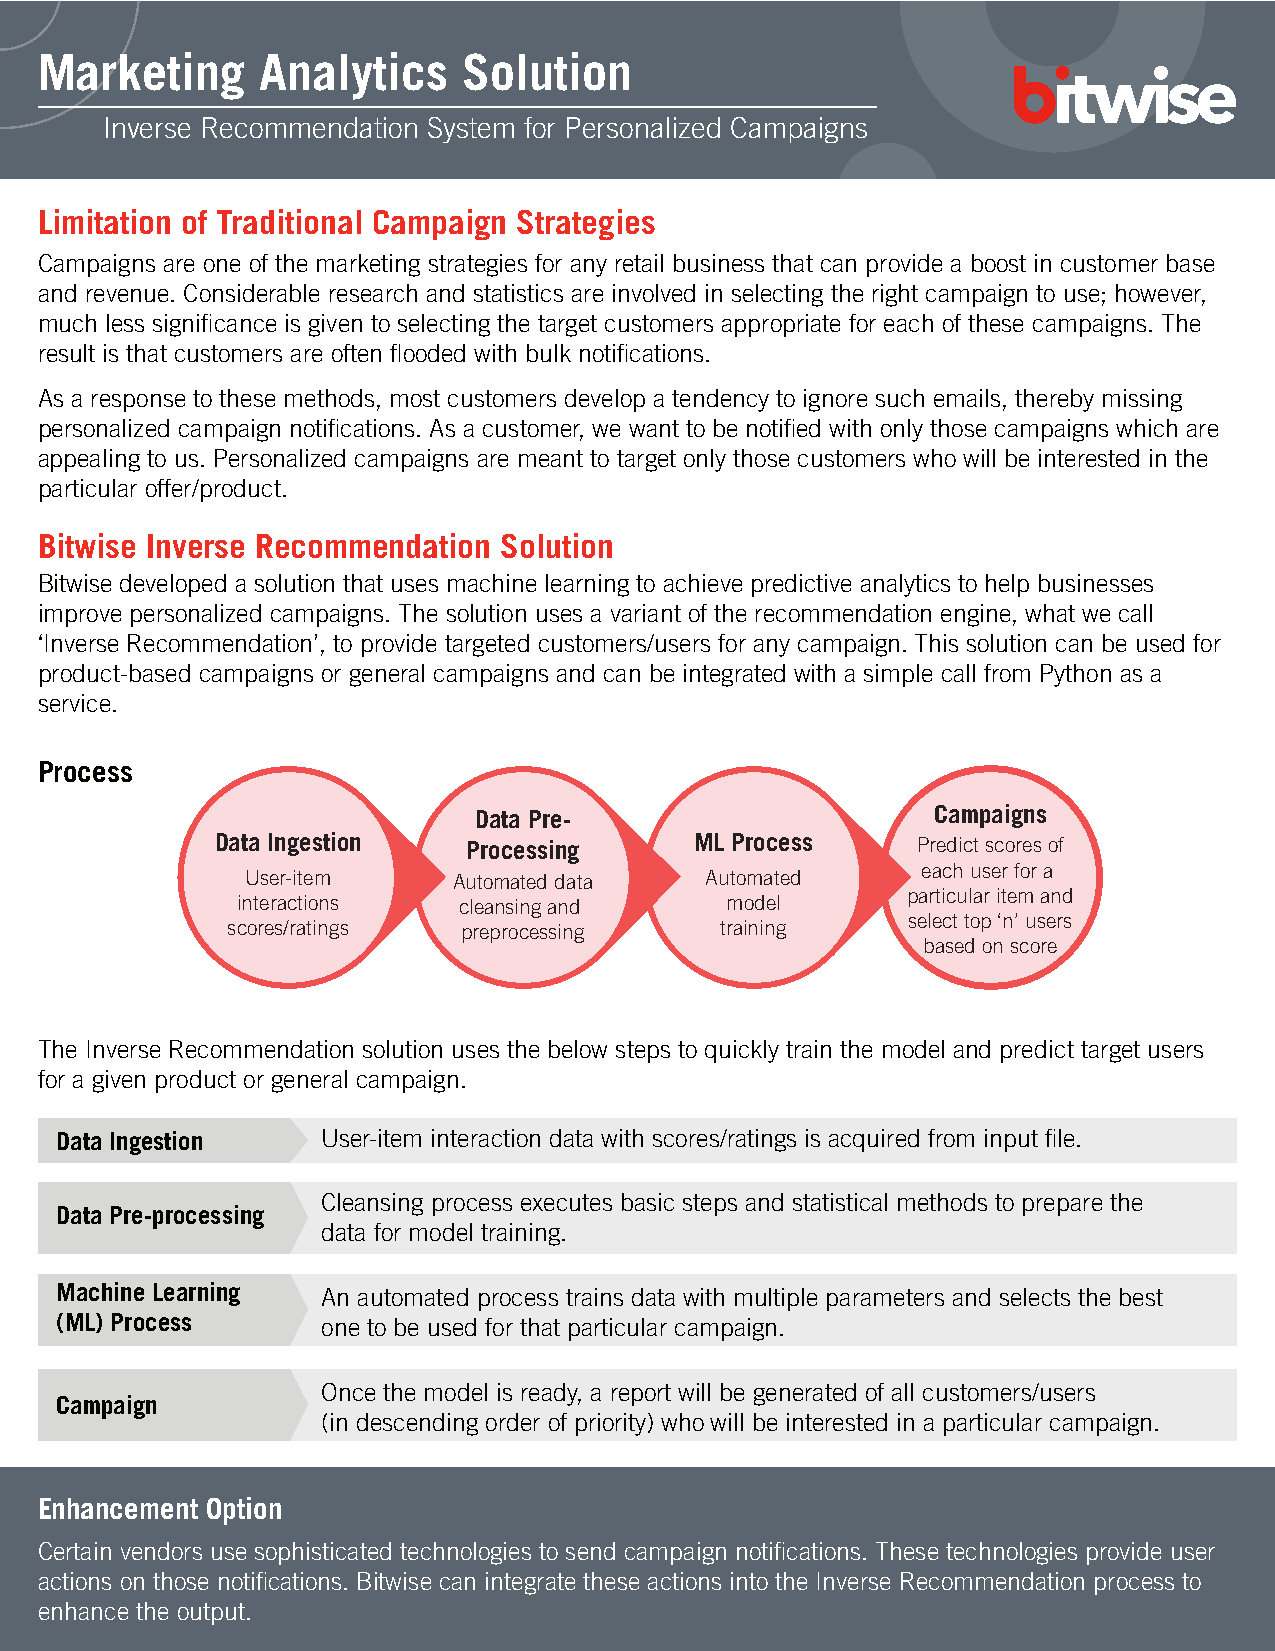
Marketing      Analytics     Solution
 Inverse Recommendation System for Personalized Campaigns
 Limitation of Traditional Campaign Strategies
 Campaigns are one of the marketing strategies for any retail business that can provide a boost in customer base
 and revenue. Considerable research and statistics are involved in selecting the right campaign to use; however,
 much less significance is given to selecting the target customers appropriate for each of these campaigns. The
 result is that customers are often flooded with bulk notifications.
 As a response to these methods, most customers develop a tendency to ignore such emails, thereby missing
 personalized campaign notifications. As a customer, we want to be notified with only those campaigns which are
 appealing to us. Personalized campaigns are meant to target only those customers who will be interested in the
 particular offer/product.
 Bitwise Inverse Recommendation Solution
 Bitwise developed a solution that uses machine learning to achieve predictive analytics to help businesses
 improve personalized campaigns. The solution uses a variant of the recommendation engine, what we call
 ‘Inverse Recommendation’, to provide targeted customers/users for any campaign. This solution can be used for
 product-based campaigns or general campaigns and can be integrated with a simple call from Python as a
 service.
 Process
 Data Pre-                      Campaigns
 Data Ingestion   Processing     ML Process     Predict scores of
 each user for a
 User-item     Automated data   Automated
 particular item and
 interactions  cleansing and     model
 select top ‘n’ users
 scores/ratings  preprocessing    training
 based on score
 The Inverse Recommendation solution uses the below steps to quickly train the model and predict target users
 for a given product or general campaign.
 Data Ingestion   User-item interaction data with scores/ratings is acquired from input file.
 Cleansing process executes basic steps and statistical methods to prepare the
 Data Pre-processing
 data for model training.
 Machine Learning An automated process trains data with multiple parameters and selects the best
 (ML) Process     one to be used for that particular campaign.
 Once the model is ready, a report will be generated of all customers/users
 Campaign
 (in descending order of priority) who will be interested in a particular campaign.
 Enhancement Option
 Certain vendors use sophisticated technologies to send campaign notifications. These technologies provide user
 actions on those notifications. Bitwise can integrate these actions into the Inverse Recommendation process to
 enhance the output.